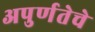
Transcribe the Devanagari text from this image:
अपुर्णतेचे